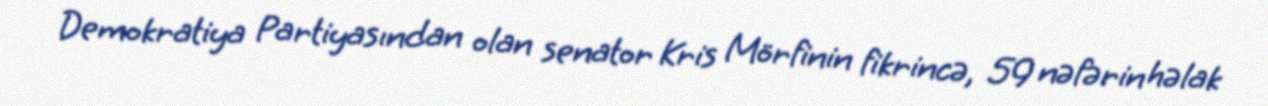
Demokratiya Partiyasından olan senator Kris Mörfinin fikrincə, 59 nəfərin həlak